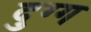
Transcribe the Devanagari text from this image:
दुग्ग